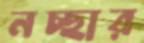
নচ্ছার